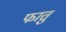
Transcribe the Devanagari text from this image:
फातु